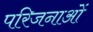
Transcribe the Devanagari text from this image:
परिजनाओं